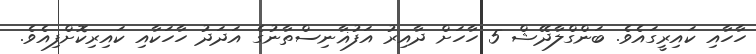
ހާހާއި ކައިރީގައެވެ. ބަންގްލާދޭޝް 5 ހާހަށް ދާއިރު އަފުޣާނިސްތާނުގެ އަދަދު ހާހަކާއި ކައިރިކޮށްފިއެވެ.